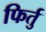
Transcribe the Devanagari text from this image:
फिर्तु